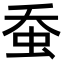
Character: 𧉕